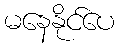
မနေနိုင်ပေ